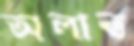
অলাত